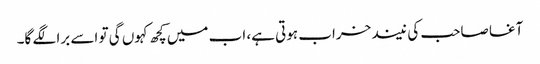
آغا صاحب کی نیند خراب ہوتی ہے، اب میں کچھ کہوں گی تو اسے برا لگے گا۔